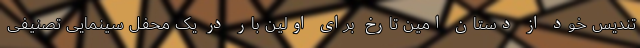
تندیس خود از دستان امین تارخ برای اولین بار در یک محفل سینمایی تصنیفی